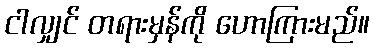
ငါလျှင် တရားမှန်ကို ဟောကြားမည်။